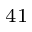
^ { 4 1 }